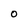
Character: 0